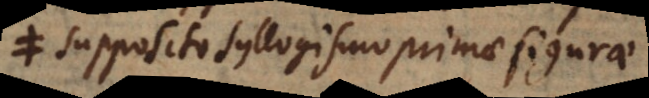
supposito syllogismo primae figurae